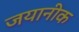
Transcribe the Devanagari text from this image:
जयानीक